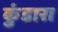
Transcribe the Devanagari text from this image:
कुंडारा